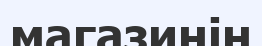
магазинін